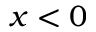
x < 0